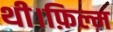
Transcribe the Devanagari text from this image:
थी।फ़िल्म